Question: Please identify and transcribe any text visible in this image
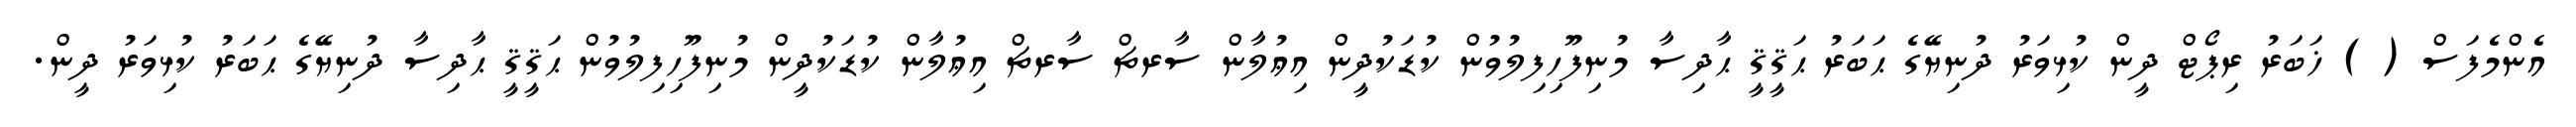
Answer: އެންމެފަސް ( ) ޚަބަރު ރިޕޯޓް ދީން ކުޅިވަރު ދުނިޔޭގެ ޙަބަރު ޙަޤީޤީ ޙާދިސާ މުނިފޫހިފިލުވުން ކުޑަކުދީން އިޢުލާން ސާރޗް ސާރޗް އިޢުލާން ކުޑަކުދީން މުނިފޫހިފިލުވުން ޙަޤީޤީ ޙާދިސާ ދުނިޔޭގެ ޙަބަރު ކުޅިވަރު ދީން.